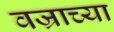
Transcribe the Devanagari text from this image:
वज्राच्या